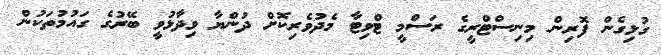
ގުޅިގެން ފޮރިން މިނިސްޓްރީގެ ރަސްމީ ޓްވިޓާ މެދުވެރިކޮށް ދުންޔާ ވިދާޅުވީ ބޭރުގެ ގައުމުތަކުން